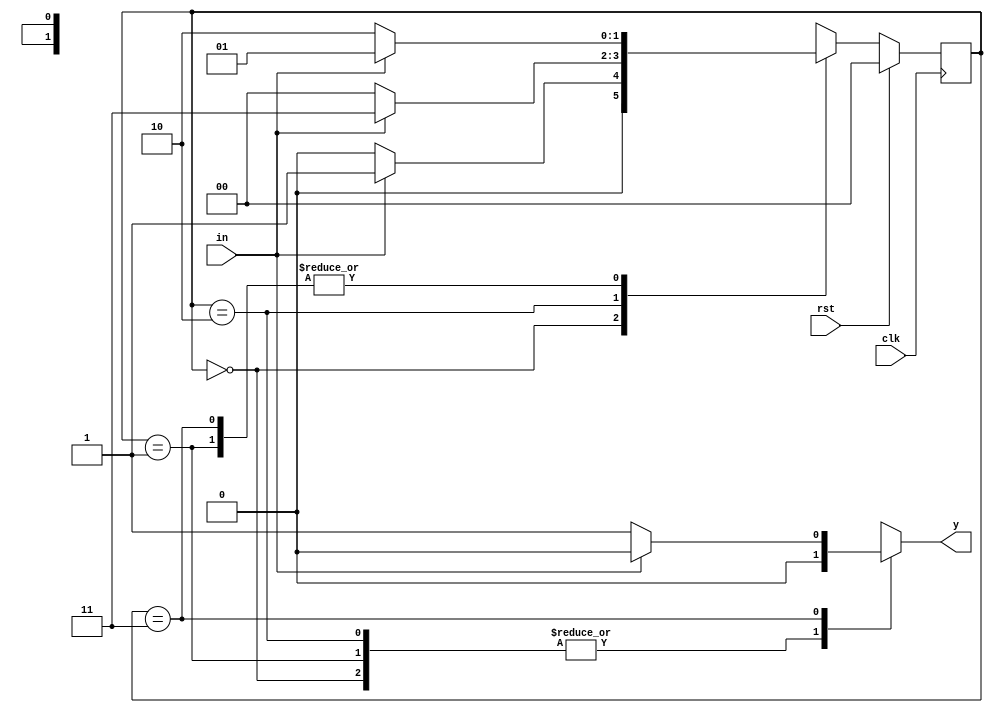
`timescale 1ns / 1ps
//////////////////////////////////////////////////////////////////////////////////
// Company: 
// Engineer: 
// 
// Design Name: 
// Module Name: mealy_1010_detector
// Project Name: 
// Target Devices: 
// Tool Versions: 
// Description: 
// 
// Dependencies: 
// 
// Revision:
// Revision 0.01 - File Created
// Additional Comments:
// 
//////////////////////////////////////////////////////////////////////////////////


module mealy_1010_detector(y,clk,rst,in);
input in,clk,rst;
output reg y;
parameter [1:0] s0=2'b00,
                s1=2'b01,
                s2=2'b10,
                s3=2'b11;
reg [1:0]NS,PS;
//next state decoder
always @(PS,in)
begin
case(PS)
s0: begin y<=1'b0;
    if(in)
    NS<=s1;
    else
    NS<=s0;
    end
s1: begin y=1'b0;
    if(in)
    NS<=s1;
    else
    NS<=s2;
    end
s2: begin y<=1'b0;
    if(in)
    NS<=s3;
    else
    NS<=s0;
    end
s3: if(in) begin
    NS<=s1;
    y <=1'b0; end
    else begin
    NS<=s2;
    y<=1'b1; end
default: NS<=s0;
endcase
end
//memory state
always @(posedge clk)
begin
if(rst)
PS<=s0;
else
PS<=NS;
end
endmodule